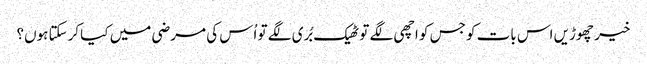
خیر چھوڑیں اس بات کو جس کو اچھی لگے تو ٹھیک بُری لگے تو اُس کی مرضی میں کیا کرسکتا ہوں؟